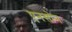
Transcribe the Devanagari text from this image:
एनसोन